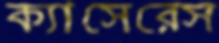
ক্যাসেরেস